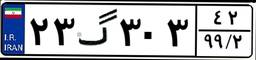
۸۹گ۰۲۳۴۸